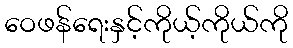
ဝေဖန်ရေးနှင့်ကိုယ့်ကိုယ်ကို